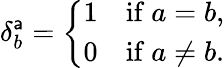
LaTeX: \delta_{b}^{\mathsf{a}}={\left\{ \begin{array}{ll}{1}&{{\mathrm{if~}}a=b,}\\ {0}&{{\mathrm{if~}}a\neq b.}\end{array}\right.}